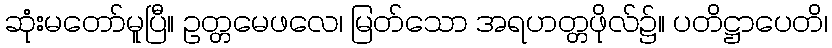
ဆုံးမတော်မူပြီ။ ဥတ္တမေဖလေ၊ မြတ်သော အရဟတ္တဖိုလ်၌။ ပတိဋ္ဌာပေတိ၊